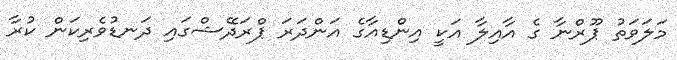
މަލަވަތު ޕޫރްނާ ގެ އާއިލާ އަކީ އިންޑިއާގެ އަންދަރަ ޕްރަދޭޝްގައި ދަނޑުވެރިކަން ކުރާ